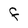
Character: F